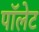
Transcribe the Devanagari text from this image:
पॉलेट